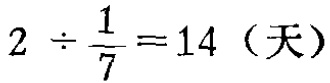
\(2\div\frac{1}{7}=14（天）\)